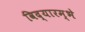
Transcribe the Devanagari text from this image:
विद्यारम्भे